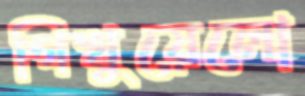
গিখুয়েলো